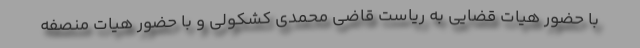
با حضور هیات قضایی به ریاست قاضی محمدی کشکولی و با حضور هیات منصفه